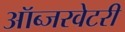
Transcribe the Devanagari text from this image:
ऑब्जरवेटरी